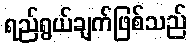
ရည်ရွယ်ချက်ဖြစ်သည်